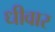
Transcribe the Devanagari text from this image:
धीवार